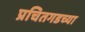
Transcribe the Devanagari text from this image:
प्रचितगडच्या